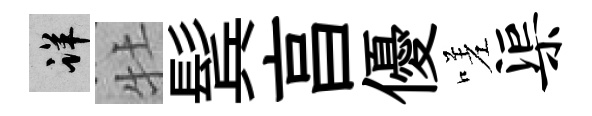
详牡鬂亯優嗟渠